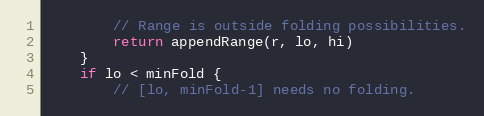
Language: Go
		// Range is outside folding possibilities.
		return appendRange(r, lo, hi)
	}
	if lo < minFold {
		// [lo, minFold-1] needs no folding.